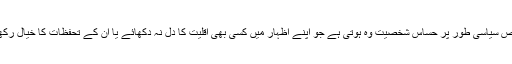
خالص سیاسی طور پر حساّس شخصیت وہ ہوتی ہے جو اپنے اظہار میں کسی بھی اقلیت کا دِل نہ دکھائے یا ان کے تحفظات کا خیال رکھے۔